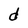
Character: d